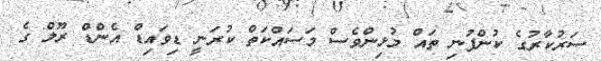
ސަރުކާރުގެ ކުންފުނި ތައް މުޅިންވެސް މަސައްކަތް ކުރަނީ ޑިވައިޑް އެންޑް ރޫލް ގެ